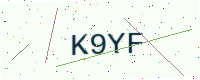
Text: K9YF